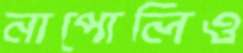
নাপোলিও